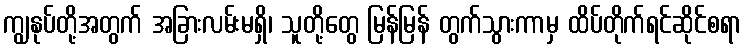
ကျွနုပ်တို့အတွက် အခြားလမ်းမရှိ၊ သူတို့တွေ မြန်မြန် တွက်သွားကာမှ ထိပ်တိုက်ရင်ဆိုင်စရာ